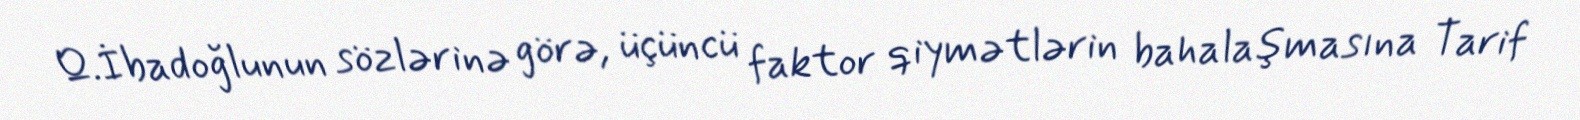
Q.İbadoğlunun sözlərinə görə, üçüncü faktor qiymətlərin bahalaşmasına Tarif